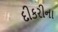
દીકરીના